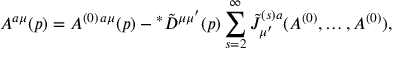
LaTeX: A ^ { a \mu } ( p ) = A ^ { ( 0 ) \, a \mu } ( p ) - \! \, ^ { \ast } \tilde { \cal D } ^ { \mu \mu ^ { \prime } } ( p ) \sum _ { s = 2 } ^ { \infty } \tilde { J } _ { \mu ^ { \prime } } ^ { ( s ) a } ( A ^ { ( 0 ) } , \ldots , A ^ { ( 0 ) } ) ,